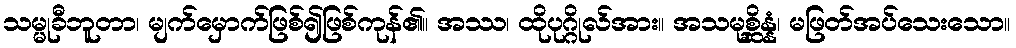
သမ္မုခီဘူတာ၊ မျက်မှောက်ဖြစ်၍ဖြစ်ကုန်၏။ အဿ၊ ထိုပုဂ္ဂိုလ်အား။ အသမုစ္ဆိန္နံ၊ မဖြတ်အပ်သေးသော။